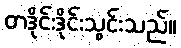
တဒိုင်းဒိုင်းသွင်းသည်။